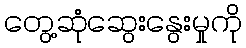
တွေ့ဆုံဆွေးနွေးမှုကို